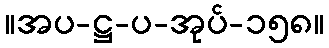
။အပ-ဋ္ဌ-ပ-အုပ်-၁၅၈။